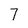
Character: 7